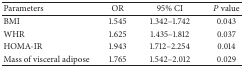
| Parameters | OR | 95% CI | P value |
 | --- | --- | --- | --- |
 | BMI | 1.545 | 1.342–1.742 | 0.043 |
 | WHR | 1.625 | 1.435–1.812 | 0.037 |
 | HOMA-IR | 1.943 | 1.712–2.254 | 0.014 |
 | Mass of visceral adipose | 1.765 | 1.542–2.012 | 0.029 |